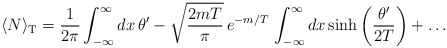
\begin{align*}\langle N\rangle_{\rm T}=\frac{1}{2\pi}\int_{-\infty}^\infty dx\,\theta^\prime -\sqrt{\frac{2mT}{\pi}}\,e^{-m/T}\,\int_{-\infty}^\infty dx\, {\rm sinh}\left(\frac{\theta^\prime}{2T}\right)+\dots\end{align*}